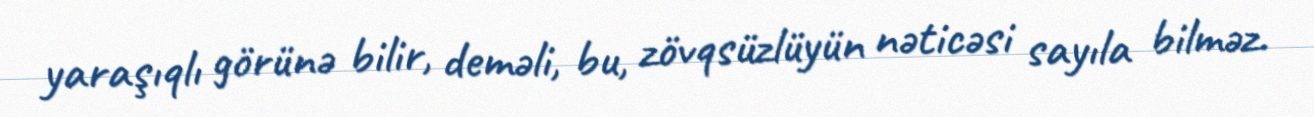
yaraşıqlı görünə bilir, deməli, bu, zövqsüzlüyün nəticəsi sayıla bilməz.